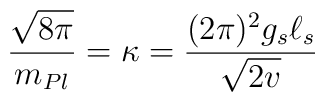
{\sqrt{8\pi}\over m_{Pl}} = \kappa = {(2\pi)^2 g_s\ell_s\over\sqrt{2 v}}